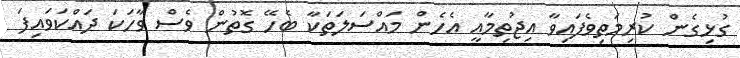
ގުޅިގެން ކުރިމަތިވެފައިވާ އިޖުތިމާއީ އެހެން މައްސަލަތަކާ ބެހޭ ގޮތުން ވެސް ވާހަކަ ދައްކަވައިފަ